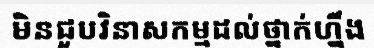
មិនជួបវិនាសកម្មដល់ថ្នាក់ហ្នឹង